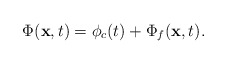
\begin{align*}\Phi ({\bf x}, t) = \phi_c (t) + \Phi_f ({\bf x}, t).\end{align*}